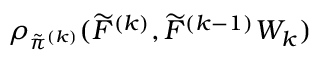
\rho _ { \tilde { \pi } ^ { ( k ) } } ( \widetilde { F } ^ { ( k ) } , \widetilde { F } ^ { ( k - 1 ) } W _ { k } )